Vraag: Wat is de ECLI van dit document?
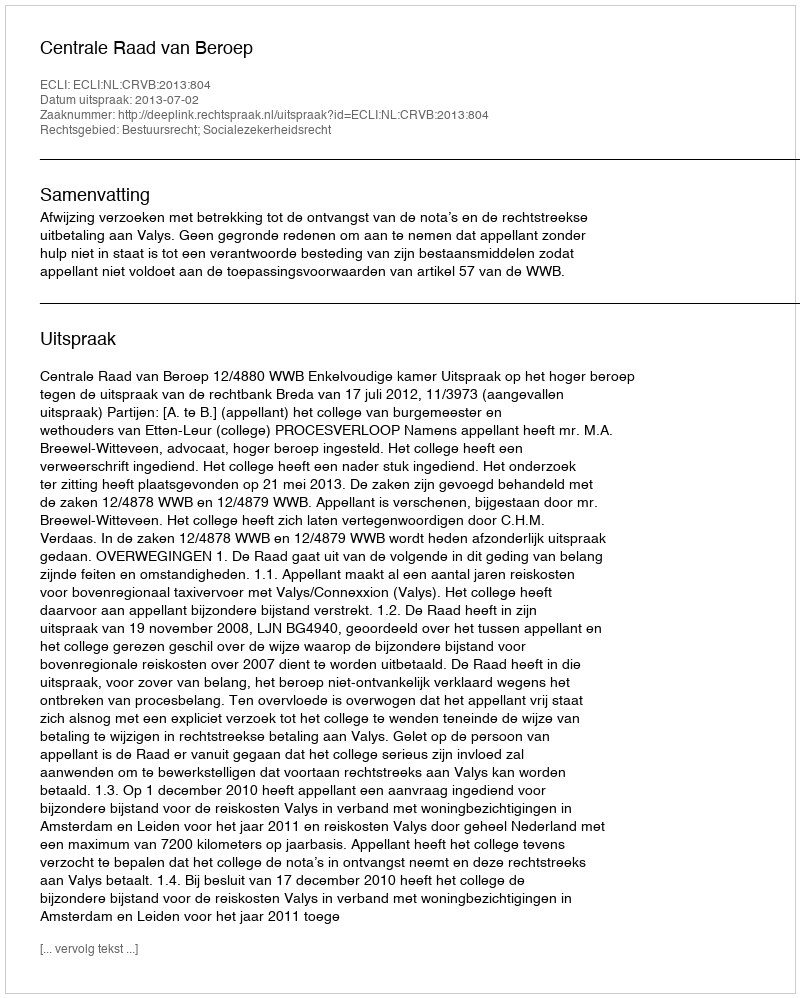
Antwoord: ECLI:NL:CRVB:2013:804